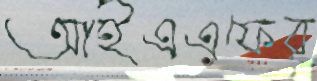
আইএএফের